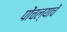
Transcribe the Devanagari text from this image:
पोंचल्याचें